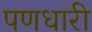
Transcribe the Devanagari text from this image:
पणधारी